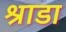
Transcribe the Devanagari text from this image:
श्राडा